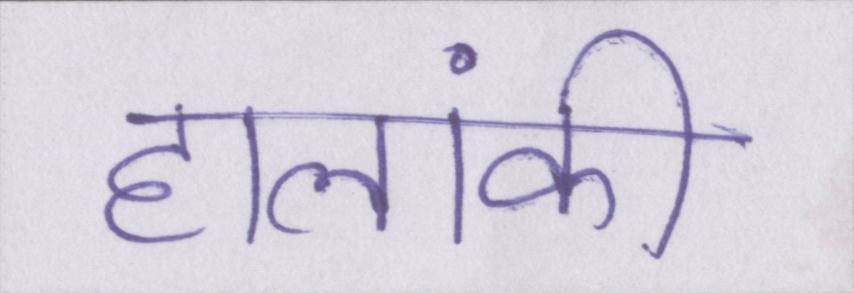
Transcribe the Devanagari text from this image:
हालांकी